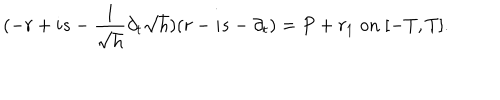
LaTeX: ( - r + i s - \frac { 1 } { \sqrt { h } } \partial _ { t } \sqrt { h } ) ( r - i s - \partial _ { t } ) = P + r _ { 1 } \; \mathrm { o n } \; [ - T , T ] .